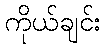
ကိုယ်ချင်း